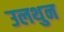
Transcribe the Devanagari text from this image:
उलथुन